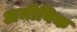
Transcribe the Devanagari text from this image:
अमीबिक